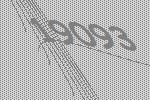
19093